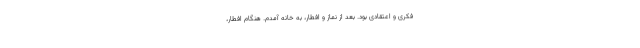
فكرى و اعتقادى بود. بعد از نماز و افطار، به خانه آمدم. هنگام افطار،